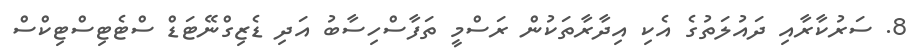
8. ސަރުކާރާއި ދައުލަތުގެ އެކި އިދާރާތަކުން ރަސްމީ ތަފާސްހިސާބު އަދި ޑެޒިގްނޭޓަޑް ސްޓެޓިސްޓިކްސް